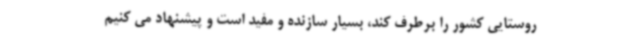
روستایی کشور را برطرف کند، بسیار سازنده و مفید است و پیشنهاد می کنیم